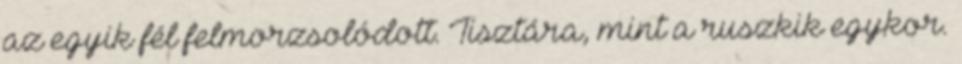
az egyik fél felmorzsolódott. Tisztára, mint a ruszkik egykor.